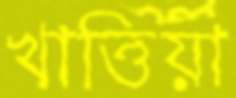
খাত্তিয়া